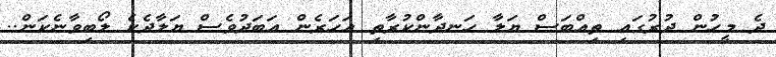
ދެ މީހުން ދުރުގައި ތިއްބަސް ޔަލާ ހަނދާންކުރާތި އަހަރެން އަބަދުވެސް ޔަލާދެކެ ލޯބިވާނެކަން..